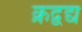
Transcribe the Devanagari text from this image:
क्रद्वद्य